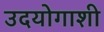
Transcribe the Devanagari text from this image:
उदयोगाशी